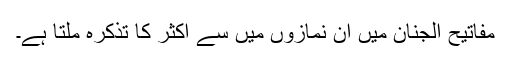
مفاتیح الجنان میں ان نمازوں میں سے اکثر کا تذکرہ ملتا ہے۔